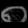
Digit: ၈